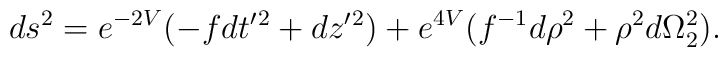
ds^{2}=e^{-2V}(-fdt^{\prime }{}^{2}+dz^{\prime }{}^{2})+e^{4V}(f^{-1}d\rho^{2}+\rho ^{2}d\Omega _{2}^{2}).